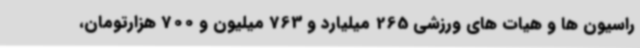
راسیون ها و هیات های ورزشی 265 میلیارد و 763 میلیون و 700 هزارتومان،